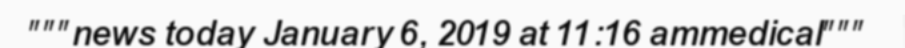
"""news today January 6, 2019 at 11:16 ammedical"""